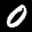
Label: 0